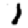
Digit: 1